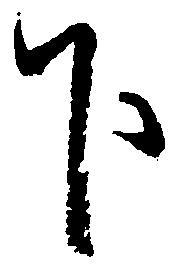
下